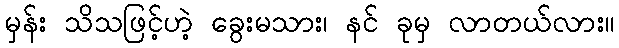
မှန်း သိသဖြင့်ဟဲ့ ခွေးမသား၊ နင် ခုမှ လာတယ်လား။